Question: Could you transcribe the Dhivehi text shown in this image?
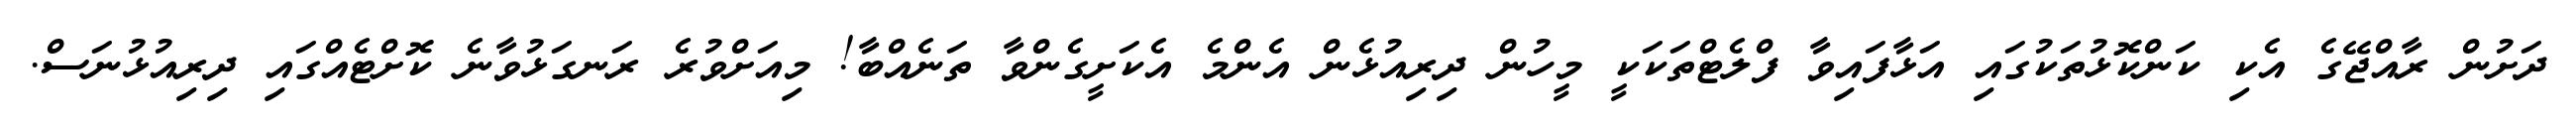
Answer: ދަށުން ރާއްޖޭގެ އެކި ކަންކޮޅުތަކުގައި އަޅާފައިވާ ފްލެޓްތަކަކީ މީހުން ދިރިއުޅެން އެންމެ އެކަށީގެންވާ ތަނެއްބާ! މިއަށްވުރެ ރަނގަޅުވާނެ ކޮށްޓެއްގައި ދިރިއުޅުނަސް.